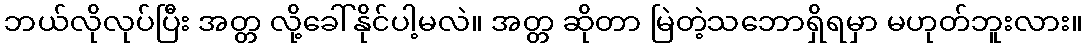
ဘယ်လိုလုပ်ပြီး အတ္တ လို့ခေါ်နိုင်ပါ့မလဲ။ အတ္တ ဆိုတာ မြဲတဲ့သဘောရှိရမှာ မဟုတ်ဘူးလား။